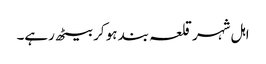
اہل شہر قلعہ بند ہو کر بیٹھ رہے۔